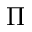
\Pi